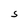
Character: S